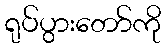
ရုပ်ပွားတော်ကို